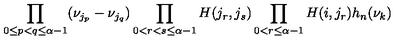
\prod _ { 0 \leq p < q \leq \alpha - 1 } ( \nu _ { j _ { p } } - \nu _ { j _ { q } } ) \prod _ { 0 < r < s \leq \alpha - 1 } H ( j _ { r } , j _ { s } ) \prod _ { 0 < r \leq \alpha - 1 } H ( i , j _ { r } ) h _ { n } ( \nu _ { k } )